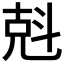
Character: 𠒚